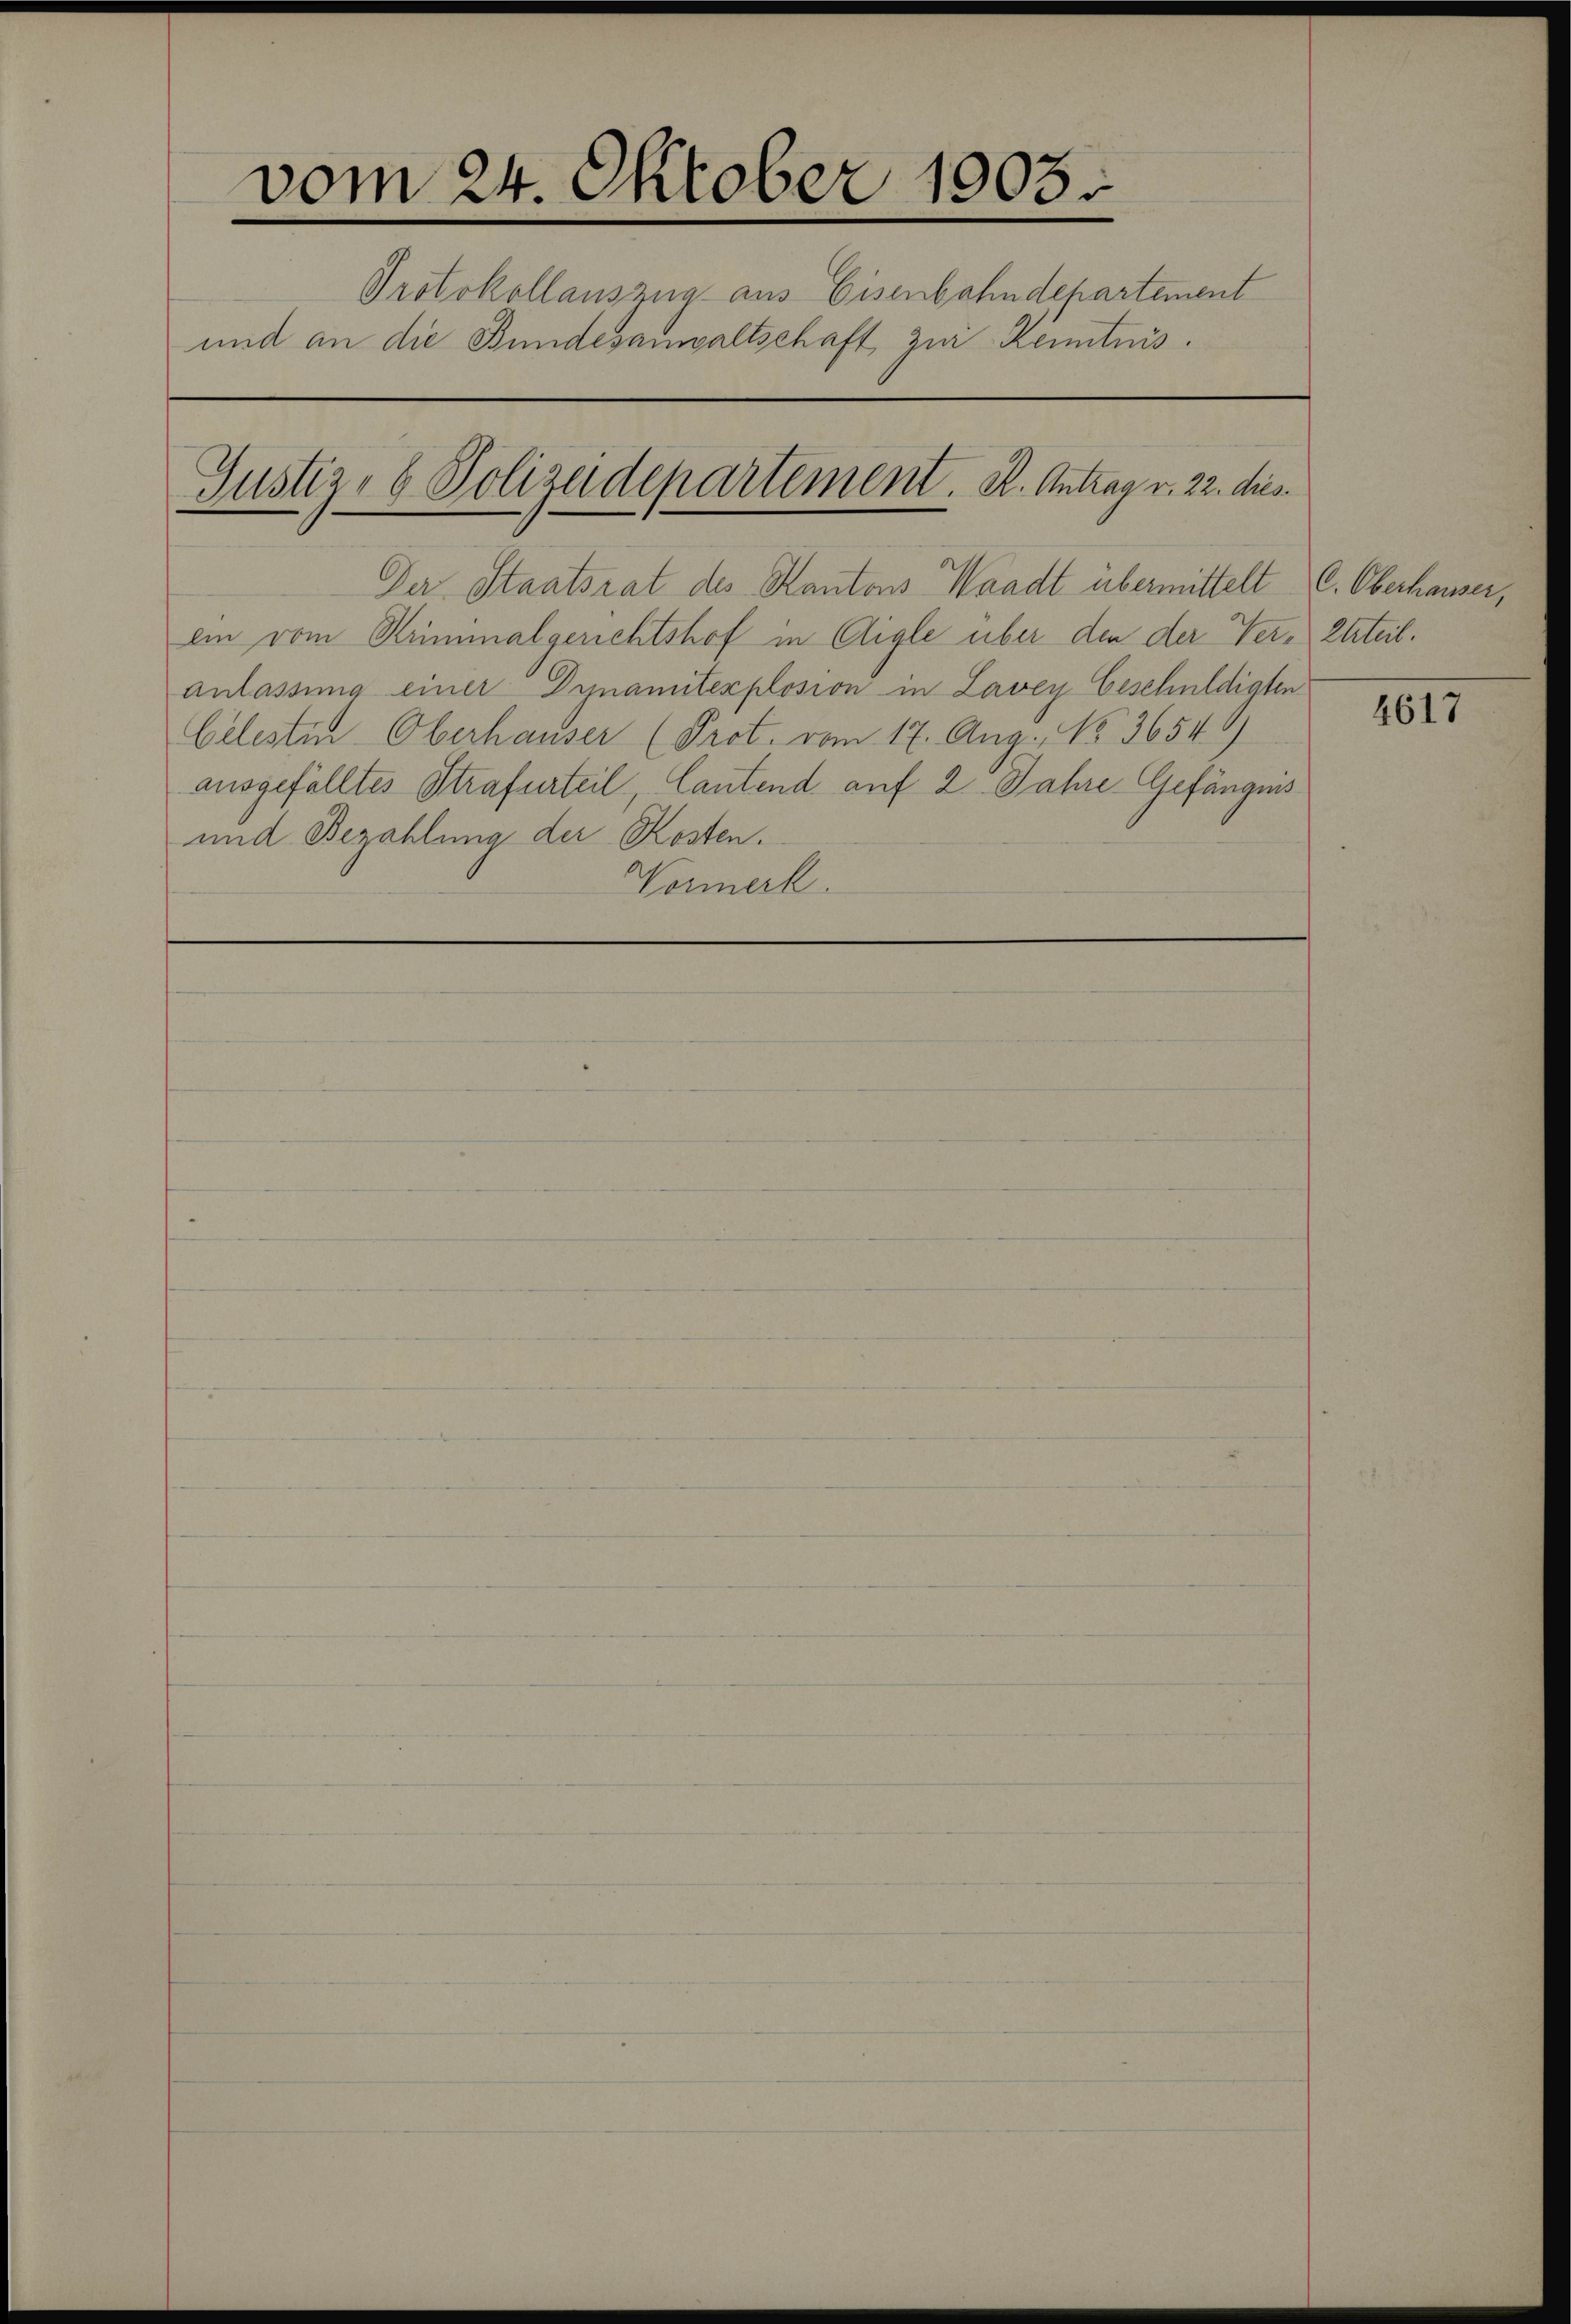
vom 24. Oktober 1903.
Protokollauszug aus Eisenbahndepartement
und an die Bundesanwaltschaft zur Kenntnis.
Justiz- & Polizeidepartement. K. Antrag v. 22. dies

Der Staatsrat des Kantons Waadt übermittelt (C. Oberhauser,
ein vom Kriminalgerichtshof in Aigle über den der Ver- Etteil.
anlassung einer Dynamitexplosion in Lavey Geschuldigten
Celestin Oberhauser (Prot. vom 17. Aug. No 3654.
ausgefälltes Strafurteil, Cautend auf 2 Jahre Gefängnis
und Bezahlung der Kosten.
Normerk

4617